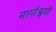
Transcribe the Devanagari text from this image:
मार्गाश्वयी